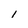
Character: l